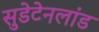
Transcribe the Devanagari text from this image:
सुडेटेनलांड